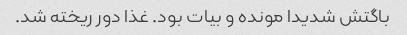
باگتش شدیدا مونده و بیات بود. غذا دور ریخته شد.